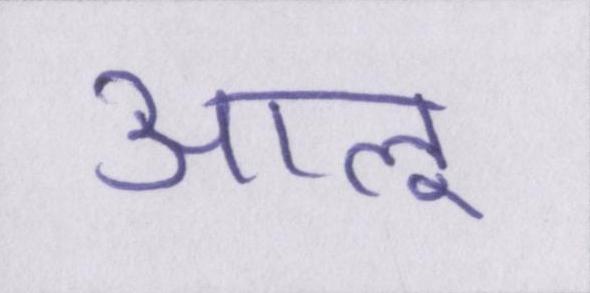
आलू